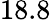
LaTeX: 18.8